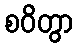
စဝိတွာ